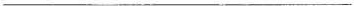
___